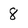
Character: 8